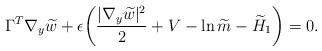
LaTeX: \begin{align*} \Gamma^T\nabla_y\widetilde{w}+\epsilon\bigg(\frac{ |\nabla_y\widetilde{w} |^2}{2}+ V-\ln \widetilde{m}-\widetilde{H}_1\bigg)=0. \end{align*}